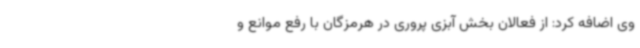
وی اضافه کرد: از فعالان بخش آبزی پروری در هرمزگان با رفع موانع و